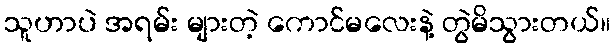
သူဟာပဲ အရမ်း များတဲ့ ကောင်မလေးနဲ့ တွဲမိသွားတယ်။